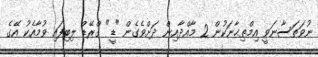
ނުވަތަސާނަވީ އިމްތިޙާނަކުން 2 މާއްދާއިން ދަށްވެގެން "ޑީ" ގްރޭޑް ލިބިފައި ވުމާއެކު އޭގެ